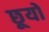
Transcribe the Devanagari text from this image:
छूयो